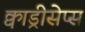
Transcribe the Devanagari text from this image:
क्वाड्रीसेप्स